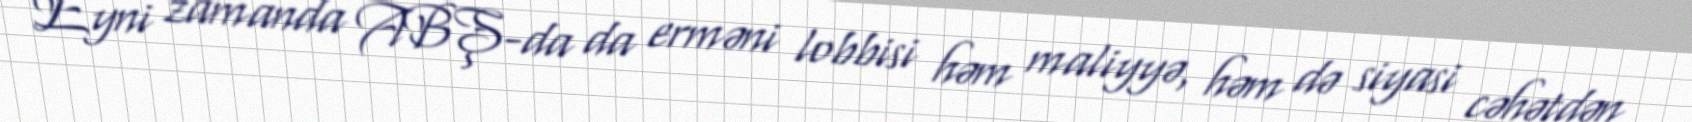
Eyni zamanda ABŞ-da da erməni lobbisi həm maliyyə, həm də siyasi cəhətdən